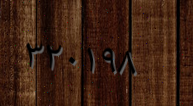
٣٢٠١٩٨